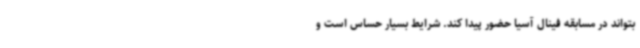
بتواند در مسابقه فینال آسیا حضور پیدا کند. شرایط بسیار حساس است و